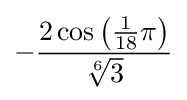
-{\frac {2\cos \left({\frac {1}{18}}\pi \right)}{\sqrt[{6}]{3}}}